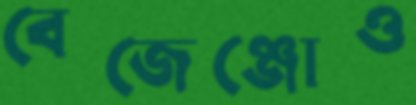
বেজেঞ্জোও